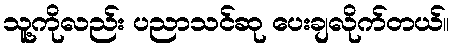
သူ့ကိုလည်း ပညာသင်ဆု ပေးချလိုက်တယ်။